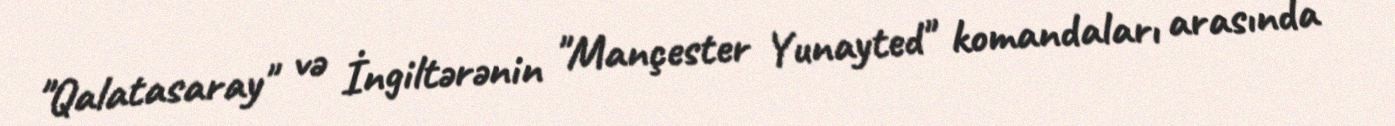
"Qalatasaray" və İngiltərənin "Mançester Yunayted" komandaları arasında